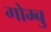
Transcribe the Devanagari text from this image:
गोम्बु